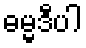
ဓမ္မဒီပါ